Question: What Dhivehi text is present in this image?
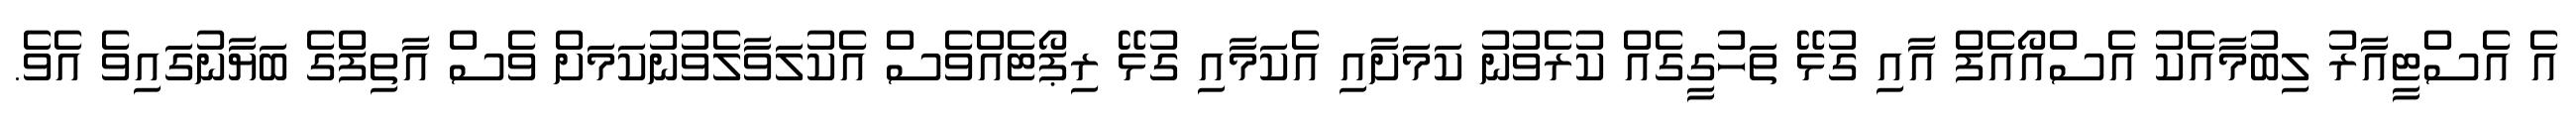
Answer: އެ އެސްޓީއާރު ލިބުމާއެކު އެސްއޯއެފް އާއި ގުޅޭ ތަހުގީގެއް ކުރެވުނު ކަމަށާއި އެކަމާއި ގުޅޭ ރިޕޯޓެއްވެސް އެކުލަވާލެވުނުކަމަށް ވެސް އާތިފްގެ ބަޔާނުގައިވެ އެވެ.